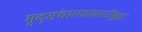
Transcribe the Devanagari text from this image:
मृद्संधारणासाठीसुद्धा